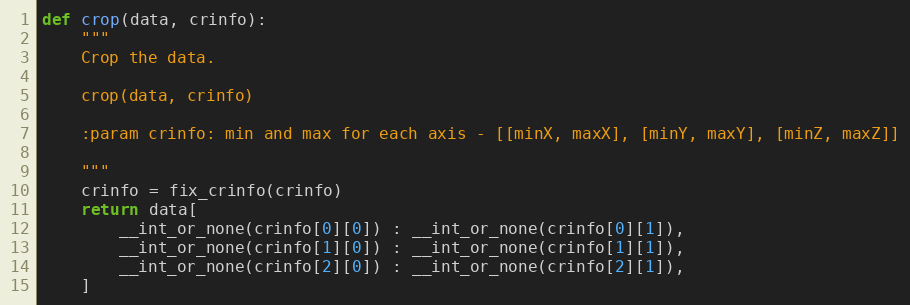
Language: Python
def crop(data, crinfo):
    """
    Crop the data.

    crop(data, crinfo)

    :param crinfo: min and max for each axis - [[minX, maxX], [minY, maxY], [minZ, maxZ]]

    """
    crinfo = fix_crinfo(crinfo)
    return data[
        __int_or_none(crinfo[0][0]) : __int_or_none(crinfo[0][1]),
        __int_or_none(crinfo[1][0]) : __int_or_none(crinfo[1][1]),
        __int_or_none(crinfo[2][0]) : __int_or_none(crinfo[2][1]),
    ]